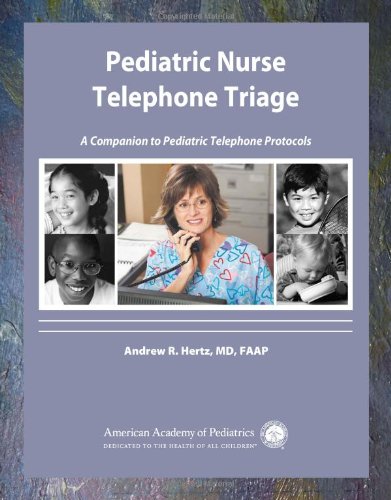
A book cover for Pediatric Nurse Telephone Triage: A Companion to Pediatric Telephone Protocols; Andrew R Hertz MD; Medical Books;